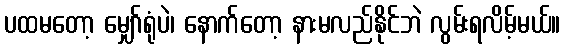
ပထမတော့ မျှော်ရုံပဲ၊ နောက်တော့ နားမလည်နိုင်ဘဲ လွမ်းရလိမ့်မယ်။